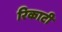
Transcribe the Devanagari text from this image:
रिकाटी